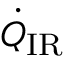
\dot { Q } _ { \mathrm { I R } }